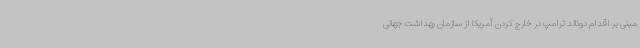
مبنی بر اقدام دونالد ترامپ در خارج کردن آمریکا از سازمان بهداشت جهانی